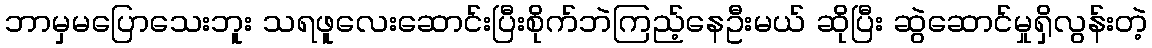
ဘာမှမပြောသေးဘူး သရဖူလေးဆောင်းပြီးစိုက်ဘဲကြည့်နေဦးမယ် ဆိုပြီး ဆွဲဆောင်မှုရှိလွန်းတဲ့